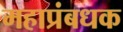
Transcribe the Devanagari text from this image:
महाप्रंबधक